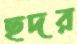
ছদর